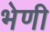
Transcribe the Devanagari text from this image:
भेणी